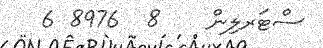
ސްޓަރލިން    8  8976 6